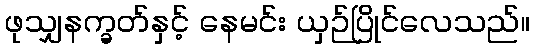
ဖုသျှနက္ခတ်နှင့် နေမင်း ယှဉ်ပြိုင်လေသည်။